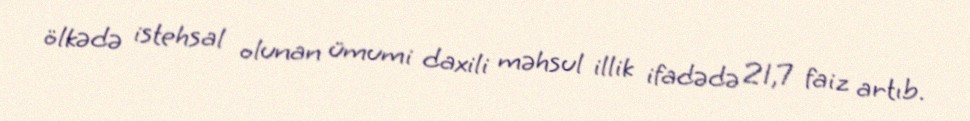
ölkədə istehsal olunan ümumi daxili məhsul illik ifadədə 21,7 faiz artıb.